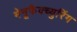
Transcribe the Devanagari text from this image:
मेनूफैक्च्युरिंग